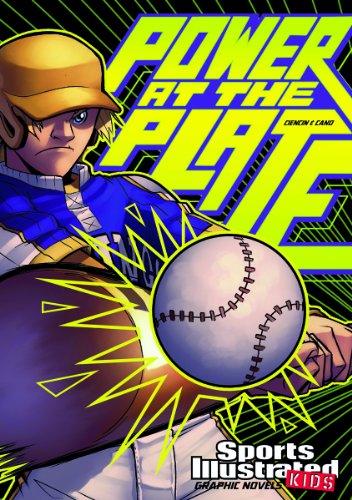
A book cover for Power at the Plate (Sports Illustrated Kids Graphic Novels); Scott Ciencin; Children's Books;